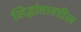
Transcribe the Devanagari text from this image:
सिद्धांतावरील